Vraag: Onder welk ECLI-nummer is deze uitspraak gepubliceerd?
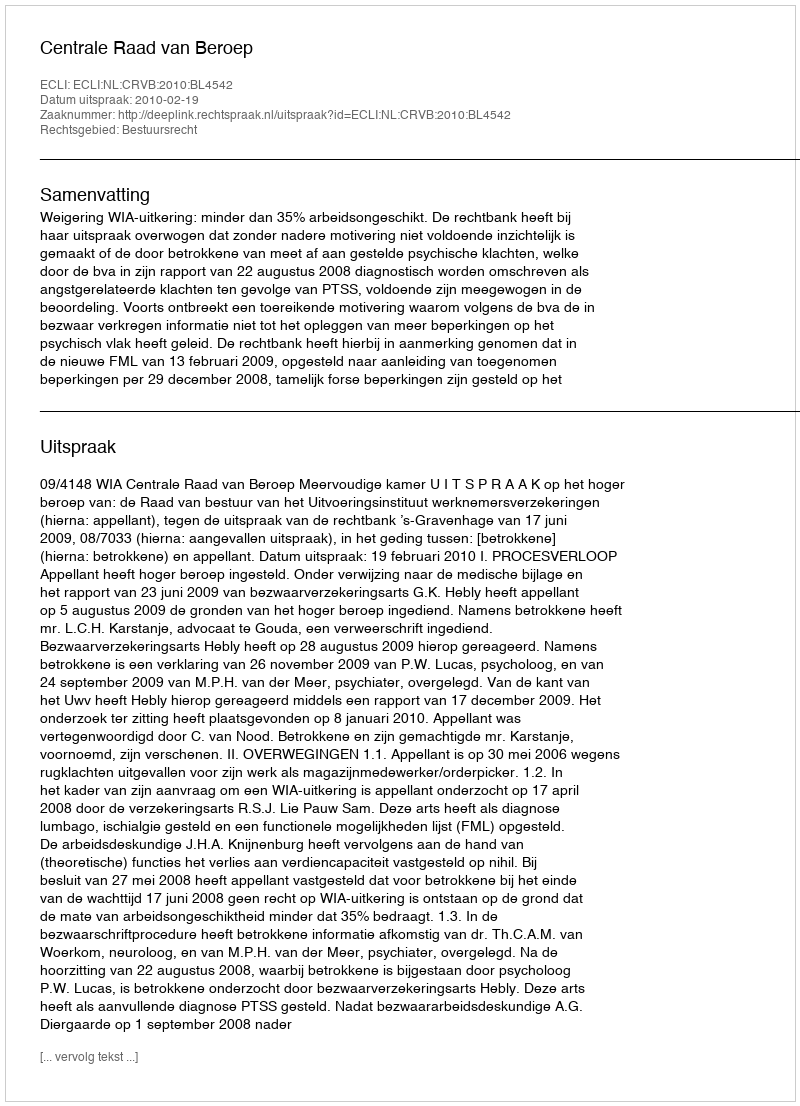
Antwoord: ECLI:NL:CRVB:2010:BL4542